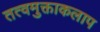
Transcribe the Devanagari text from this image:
तत्वमुक्ताकलाप